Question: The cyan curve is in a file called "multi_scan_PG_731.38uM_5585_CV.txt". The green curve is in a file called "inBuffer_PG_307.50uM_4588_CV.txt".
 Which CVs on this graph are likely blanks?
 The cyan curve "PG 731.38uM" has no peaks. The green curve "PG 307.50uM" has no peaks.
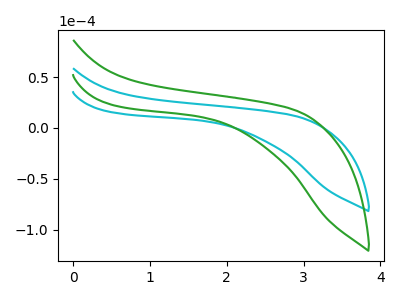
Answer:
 <answer>"PG 731.38uM" and "PG 307.50uM" are likely to be blanks.</answer>
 <eval>"PG 731.38uM", "PG 307.50uM"</eval>